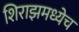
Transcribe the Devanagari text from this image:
शिराझमध्येच